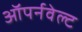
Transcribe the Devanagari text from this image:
ऑपर्नवेल्ट